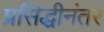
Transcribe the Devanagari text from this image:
प्रसिद्धीनंतर